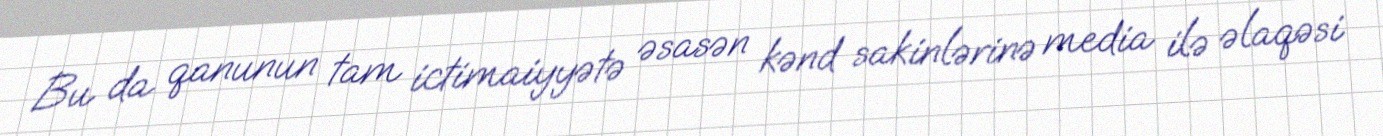
Bu da qanunun tam ictimaiyyətə əsasən kənd sakinlərinə media ilə əlaqəsi